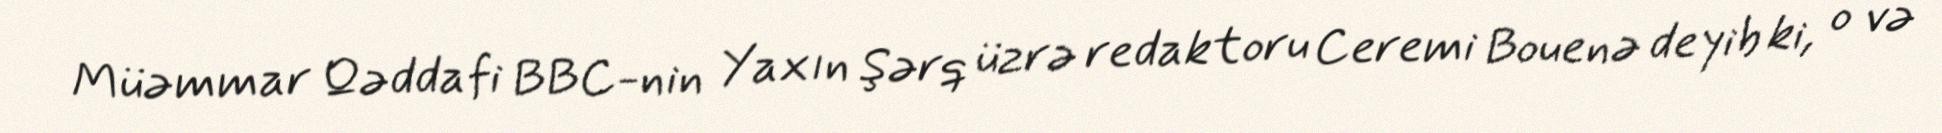
Müəmmar Qəddafi BBC-nin Yaxın Şərq üzrə redaktoru Ceremi Bouenə deyib ki, o və